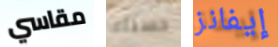
مقاسي حسناء إيفانز